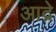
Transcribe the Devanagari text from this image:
आद्रे